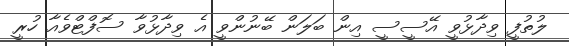
ލުތުފީ ވިދާޅުވީ އޭސީސީ އިން ބަލަން ބޭނުންވީ އެ ވިދާޅުވާ ސޮފްޓްވެއާ ހުރީ